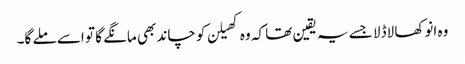
وہ انوکھا لاڈلا جسے یہ یقین تھا کہ وہ کھیلن کو چاند بھی مانگے گا تو اسے ملے گا۔